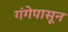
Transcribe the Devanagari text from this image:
गंगेपासून